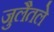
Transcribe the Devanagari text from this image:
जुलैतले